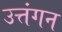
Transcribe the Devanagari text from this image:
उत्तंगन